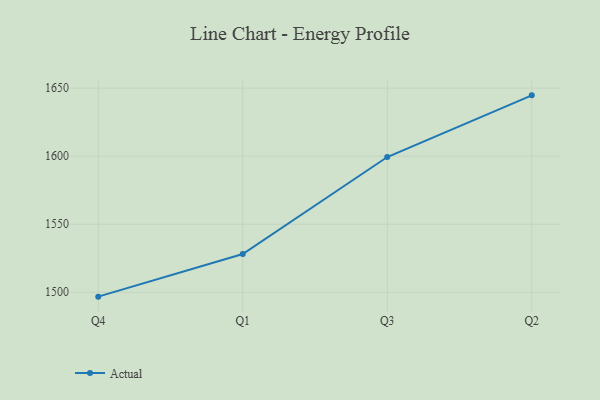
{"axis": {"x": "Quarter", "y": "Humidity (%)"}, "legend": ["Actual"], "data": [{"x": "Q4", "y": 1496.8, "type": "Actual"}, {"x": "Q1", "y": 1528.1, "type": "Actual"}, {"x": "Q3", "y": 1599.4, "type": "Actual"}, {"x": "Q2", "y": 1644.7, "type": "Actual"}]}